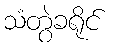
သံတွဲခရိုင်